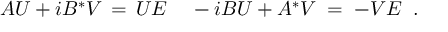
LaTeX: A U + i B ^ { * } V \, = \, U E \; \; \; \; - i B U + A ^ { * } V \; = \; - V E \; \; .